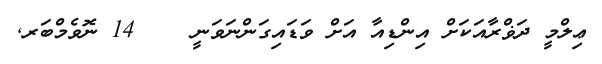
ޢިލްމީ ދަޥްރާއަކަށް އިންޑިއާ އަށް ވަޑައިގަންނަވަނީ    14 ނޮވެމްބަރ